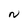
Character: N